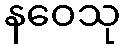
နဝေသု